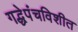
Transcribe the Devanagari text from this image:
गद्धेपंचविशीत